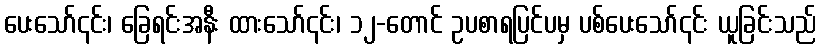
ပေးသော်၎င်း၊ ခြေရင်းအနီး ထားသော်၎င်း၊ ၁၂-တောင် ဥပစာရပြင်ပမှ ပစ်ပေးသော်၎င်း ယူခြင်းသည်